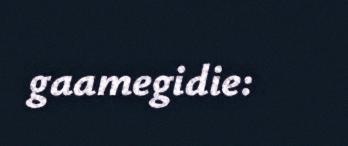
gaamegidie: